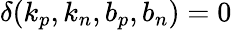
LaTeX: \delta(k_{p},k_{n},b_{p},b_{n})=0